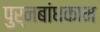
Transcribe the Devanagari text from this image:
पुर्नबांधकाम